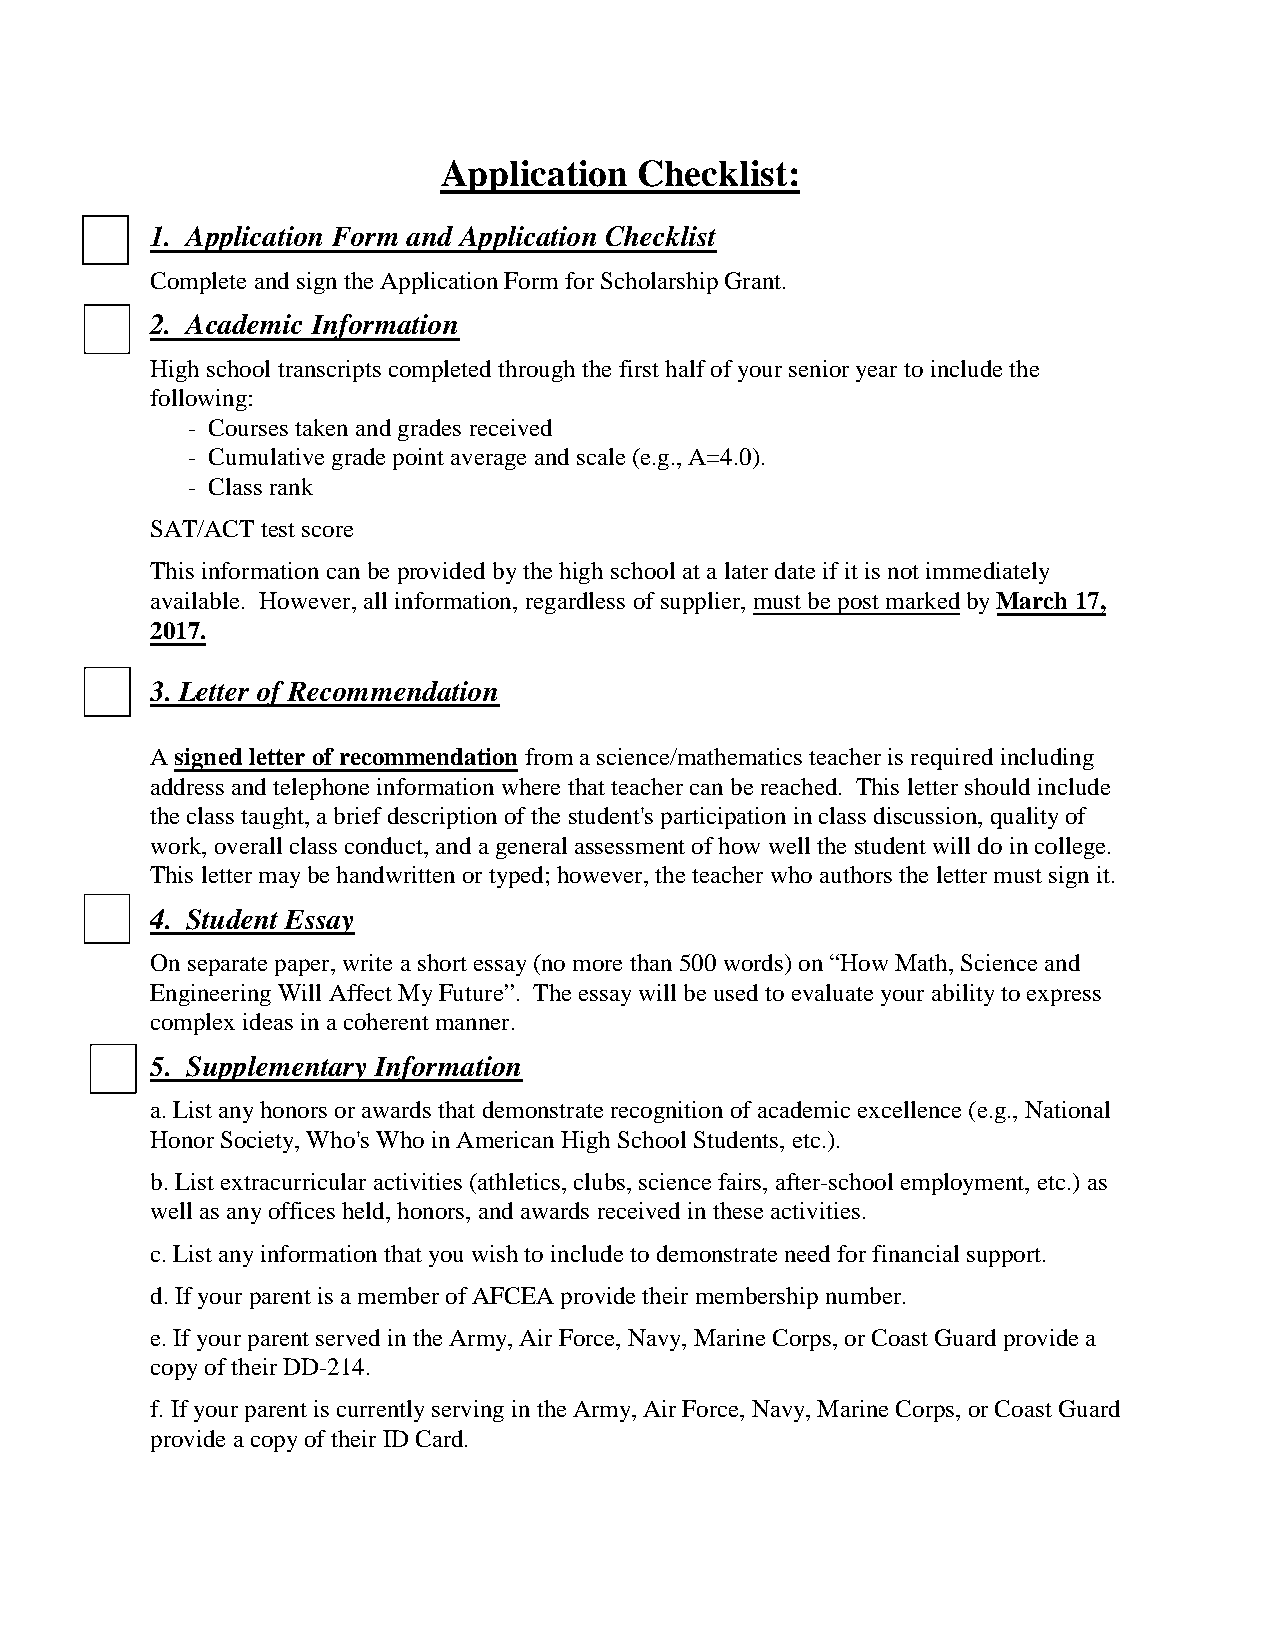
Application  Checklist:
 1. Application Form and Application Checklist
 Complete and sign the Application Form for Scholarship Grant.
 2. Academic Information
 High school transcripts completed through the first half of your senior year to include the
 following:
 - Courses taken and grades received
 - Cumulative grade point average and scale (e.g., A=4.0).
 - Class rank
 SAT/ACT test score
 This information can be provided by the high school at a later date if it is not immediately
 available. However, all information, regardless of supplier, must be post marked by March 17,
 2017.
 3. Letter of Recommendation
 A signed letter of recommendation from a science/mathematics teacher is required including
 address and telephone information where that teacher can be reached. This letter should include
 the class taught, a brief description of the student's participation in class discussion, quality of
 work, overall class conduct, and a general assessment of how well the student will do in college.
 This letter may be handwritten or typed; however, the teacher who authors the letter must sign it.
 4. Student Essay
 On separate paper, write a short essay (no more than 500 words) on “How Math, Science and
 Engineering Will Affect My Future”. The essay will be used to evaluate your ability to express
 complex ideas in a coherent manner.
 5. Supplementary Information
 a.List any honors or awards that demonstrate recognition of academic excellence (e.g., National
 Honor Society, Who's Who in American High School Students, etc.).
 b.List extracurricular activities (athletics, clubs, science fairs, after-school employment, etc.) as
 well as any offices held, honors, and awards received in these activities.
 c.List any information that you wish to include to demonstrate need for financial support.
 d.If your parent is a member of AFCEA provide their membership number.
 e.If your parent served in the Army, Air Force, Navy, Marine Corps, or Coast Guard provide a
 copy of their DD-214.
 f. If your parent is currently serving in the Army, Air Force, Navy, Marine Corps, or Coast Guard
 provide a copy of their ID Card.